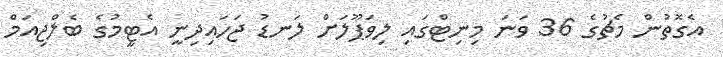
އެގޮތުން މެޗުގެ 36 ވަނަ މިނިޓްގައި ލިވަޕޫލަށް ލަނޑު ޖަހައިދިނީ އެޓީމުގެ ބެލްޖިއަމް